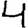
Digit: 4